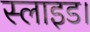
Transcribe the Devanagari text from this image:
स्लाइड।